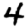
Digit: 4